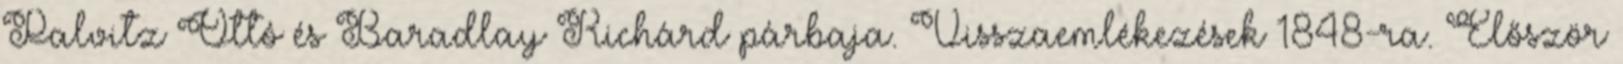
Palvitz Ottó és Baradlay Richárd párbaja. Visszaemlékezések 1848-ra. Először